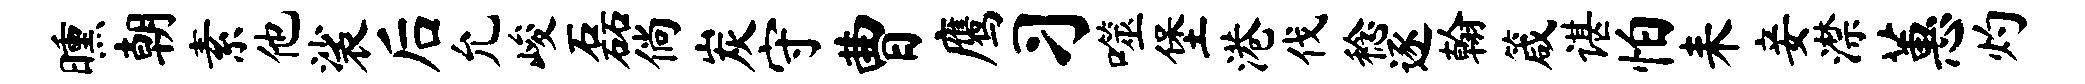
曛朝素他裟后允峻磊倘炭守曹鹰习噬堡港伐稔逐翰箴谌怕耒妾潸蕙灼